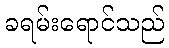
ခရမ်းရောင်သည်